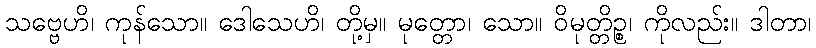
သဗ္ဗေဟိ၊ ကုန်သော။ ဒေါသေဟိ၊ တို့မှ။ မုတ္တော၊ သော။ ဝိမုတ္တိဉ္စ၊ ကိုလည်း။ ဒါတာ၊